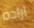
اراده